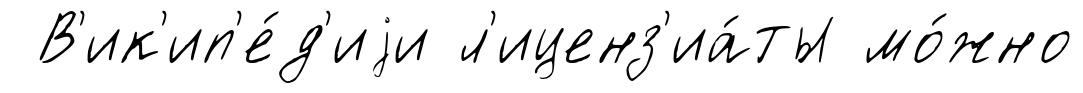
В'ик'ип'е́д'иjи л'иценз'иа́ты мо́жно